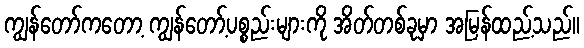
ကျွန်တော်ကတော့ ကျွန်တော့်ပစ္စည်းများကို အိတ်တစ်ခုမှာ အမြန်ထည့်သည်။